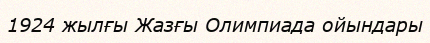
1924 жылғы Жазғы Олимпиада ойындары